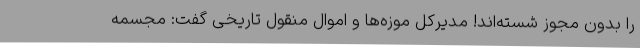
را بدون مجوز شسته‌اند! مدیرکل موزه‌ها و اموال منقول تاریخی گفت: مجسمه